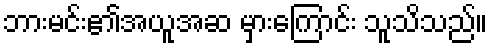
ဘားမင်း၏အယူအဆ မှားကြောင်း သူသိသည်။